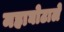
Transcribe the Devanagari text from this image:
महाघोटाले